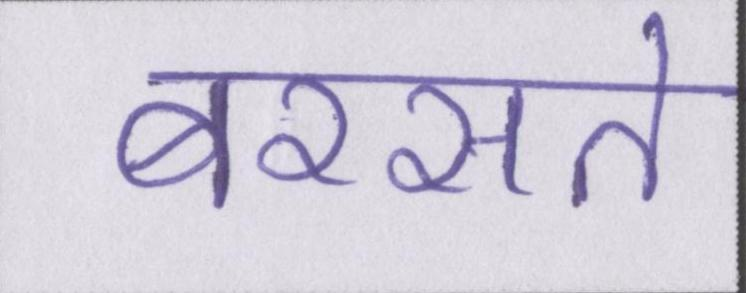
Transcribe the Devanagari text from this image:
बरसते